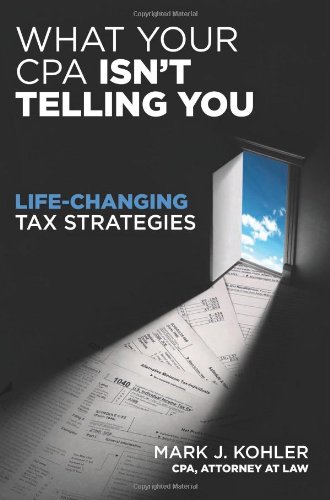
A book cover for What Your CPA Isn't Telling You: Life-Changing Tax Strategies; Mark J. Kohler; Business & Money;